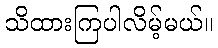
သိထားကြပါလိမ့်မယ်။